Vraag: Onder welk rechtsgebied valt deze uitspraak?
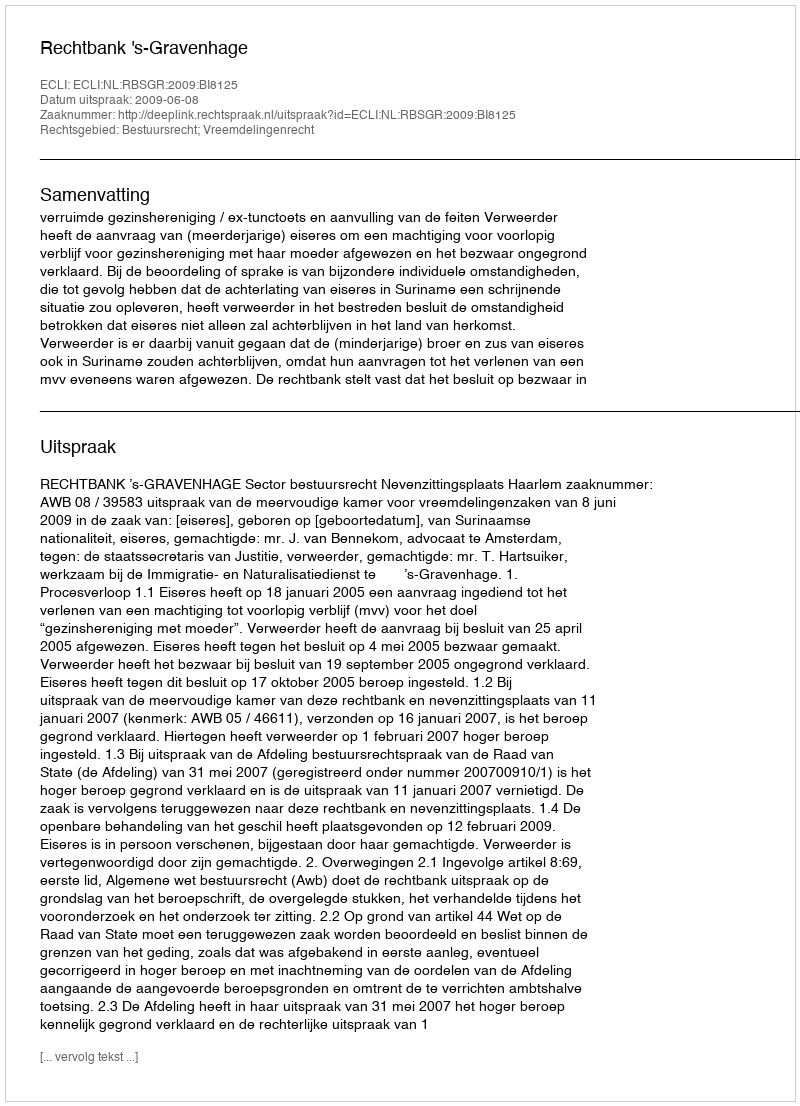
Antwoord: Bestuursrecht; Vreemdelingenrecht